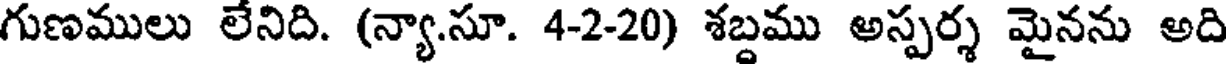
గుణములు లేనిది. (న్యా.సూ. 4-2-20) శబ్దము అస్పర్శ మైనను అది